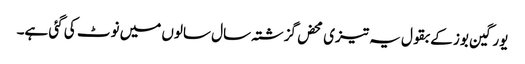
یورگین بوز کے بقول یہ تیزی محض گزشتہ سال سالوں میں نوٹ کی گئی ہے۔